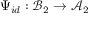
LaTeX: \Psi _ { i d } : { \mathcal { B } } _ { 2 } \rightarrow { \mathcal { A } } _ { 2 }